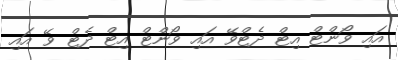
އައި ވޯންޓް އިޓް ދެޓްވޭ އައި ވޯންޓް އިޓް ދެޓް ވޭ އައި